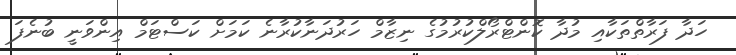
ހަދާ ފަރާތްތަކާއި މުދާ ކޮންޓްރޯލްކުރުމުގެ ނިޒާމް ހަރުދަނާކުރާނެ ކަމަށް ކަސްޓަމް އިންވަނީ ބުނެފަ